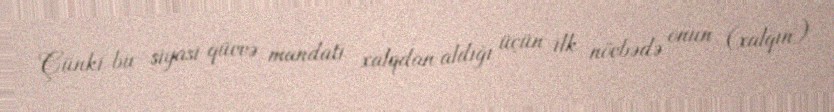
Çünki bu siyasi qüvvə mandatı xalqdan aldığı üçün ilk növbədə onun (xalqın)